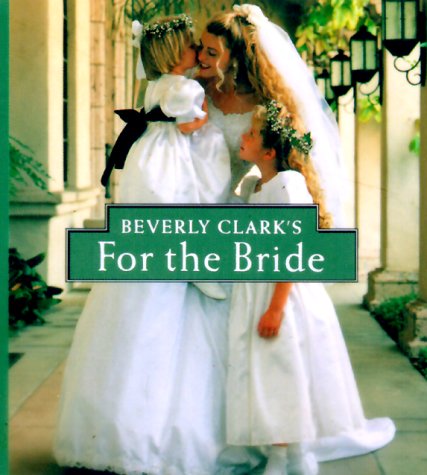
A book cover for Beverly Clark's For The Bride (Miniature Editions); Beverly Clark; Crafts, Hobbies & Home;